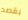
بقصد